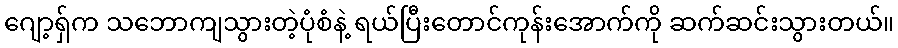
ဂျော့ရှ်က သဘောကျသွားတဲ့ပုံစံနဲ့ ရယ်ပြီးတောင်ကုန်းအောက်ကို ဆက်ဆင်းသွားတယ်။